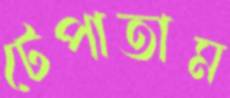
টেপাতাম